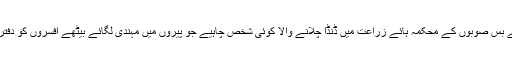
یہ طریقے بتانے کے لیے پیسہ نہیں چاہیے بس صوبوں کے محکمہ ہائے زراعت میں ڈنڈا چلانے والا کوئی شخص چاہیے جو پیروں میں مہندی لگائے بیٹھے افسروں کو دفتروں سے ہانک کر کھیتوں میں بھیج سکے۔